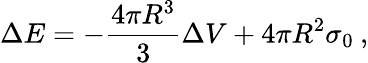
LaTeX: \Delta E=-\frac{4\pi R^{3}}{3}\Delta V+4\pi R^{2}\sigma_{0}\: ,